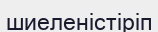
шиеленістіріп